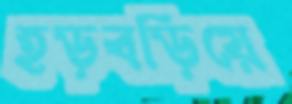
হড়বড়িয়ে